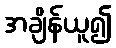
အချိန်ယူ၍